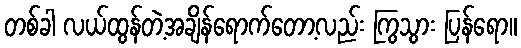
တစ်ခါ လယ်ထွန်တဲ့အချိန်ရောက်တော့လည်း ကြွသွား ပြန်ရော။